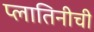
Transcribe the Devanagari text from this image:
प्लातिनीची